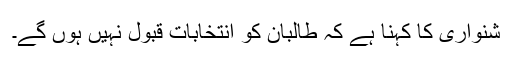
شنواری کا کہنا ہے کہ طالبان کو انتخابات قبول نہیں ہوں گے۔